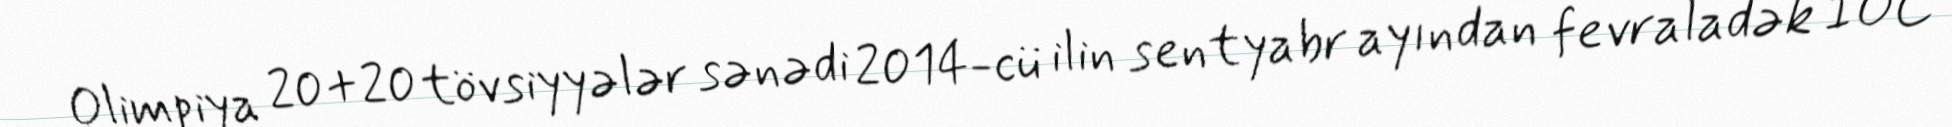
Olimpiya 20+20 tövsiyyələr sənədi 2014-cü ilin sentyabr ayından fevraladək İOC